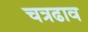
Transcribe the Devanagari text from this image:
चत्रढाव